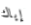
إياك